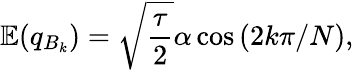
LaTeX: \mathbb{E}(q_{B_{k}})=\sqrt{\frac{\tau}{2}}\alpha\cos\left(2k\pi/N\right),